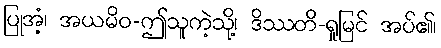
ပြုအံ့၊ အယမိဝ-ဤသူကဲ့သို့၊ ဒိဿတိ-ရှုမြင် အပ်၏၊